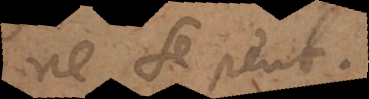
ne se peut.